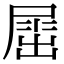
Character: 𡲬